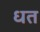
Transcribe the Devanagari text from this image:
धत